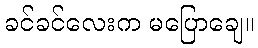
ခင်ခင်လေးက မပြောချေ။